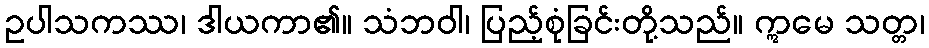
ဥပါသကဿ၊ ဒါယကာ၏။ သံဘဝါ၊ ပြည့်စုံခြင်းတို့သည်။ ဣမေ သတ္တ၊